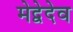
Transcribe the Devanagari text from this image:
मेद्वेदेव